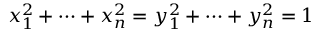
x _ { 1 } ^ { 2 } + \dots + x _ { n } ^ { 2 } = y _ { 1 } ^ { 2 } + \dots + y _ { n } ^ { 2 } = 1